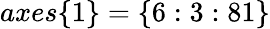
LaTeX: axes\{ 1\} =\{ 6:3:81\}